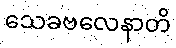
သေခဗလေနာတိ